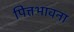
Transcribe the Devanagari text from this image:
पित्तभावना